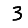
Digit: 3